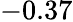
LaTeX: -0.37